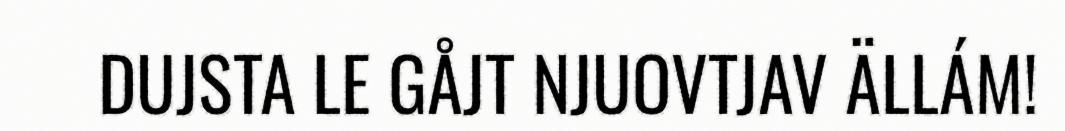
DUJSTA LE GÅJT NJUOVTJAV ÄLLÁM!